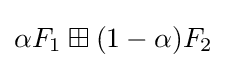
\alpha F_{1}\boxplus (1-\alpha )F_{2}